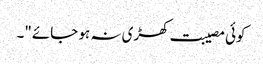
کوئی مصیبت کھڑی نہ ہو جائے"۔